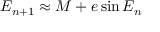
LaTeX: E _ { n + 1 } \approx M + e \sin { E _ { n } }